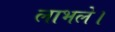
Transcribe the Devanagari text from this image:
लाभले।